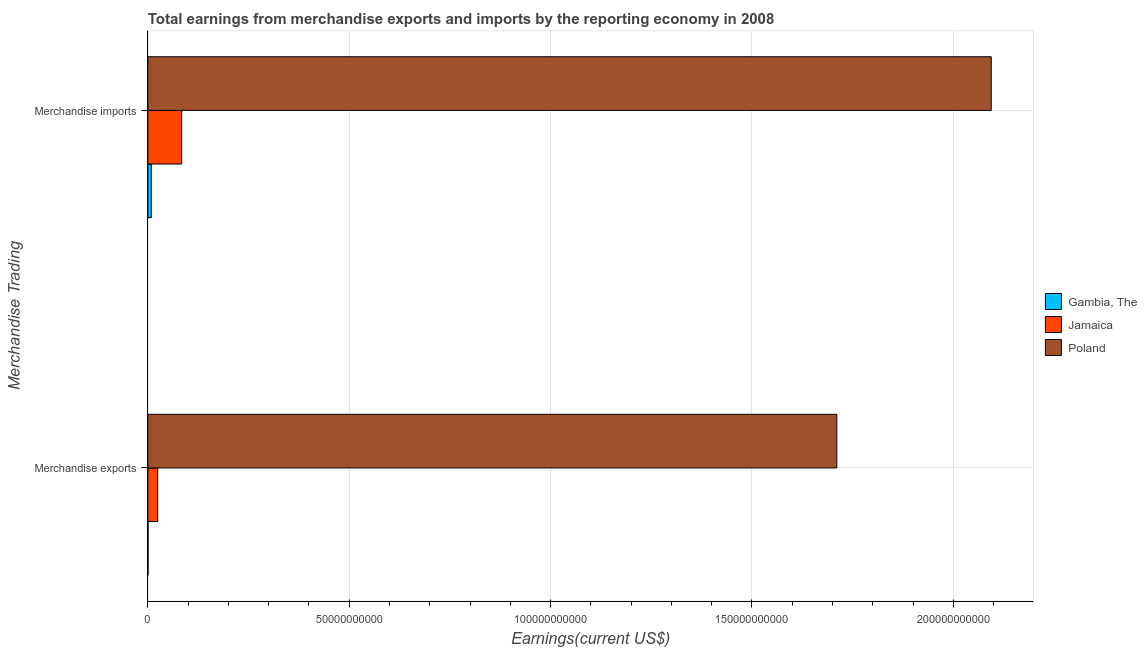
| Merchandise Trading | Gambia, The | Jamaica | Poland |
 | --- | --- | --- | --- |
 | Merchandise exports | 5.09e+07 | 2.44e+09 | 1.71e+11 |
 | Merchandise imports | 8.6e+08 | 8.4e+09 | 2.09e+11 |